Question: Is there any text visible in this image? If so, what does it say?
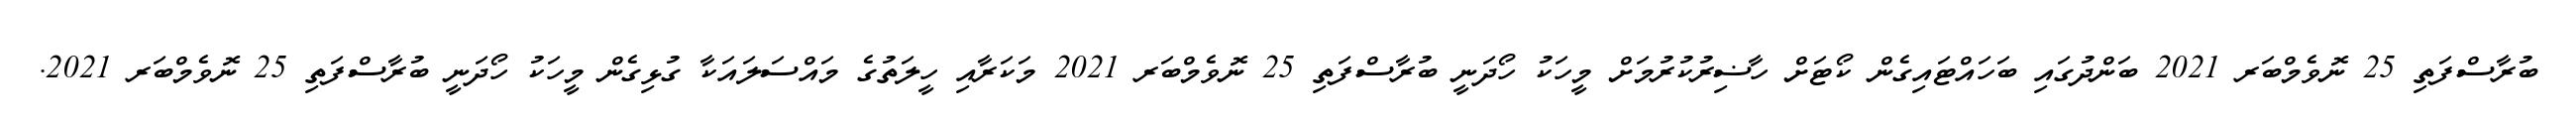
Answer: ބުރާސްފަތި 25 ނޮވެމްބަރ 2021 ބަންދުގައި ބަހައްޓައިގެން ކޯޓަށް ހާޟިރުކުރުމަށް މީހަކު ހޯދަނީ ބުރާސްފަތި 25 ނޮވެމްބަރ 2021 މަކަރާއި ހީލަތުގެ މައްސަލައަކާ ގުޅިގެން މީހަކު ހޯދަނީ ބުރާސްފަތި 25 ނޮވެމްބަރ 2021.